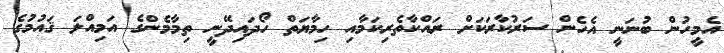
އެމީހުން ބުނަނީ އެހެން ސަރުކާރަކަށް ރައްކާތެރިކަމާއި ހިމާޔަތް ހޯދައިދޭނީ ތިމާމެންގެ އަމިއްލަ ޤައުމުގެ